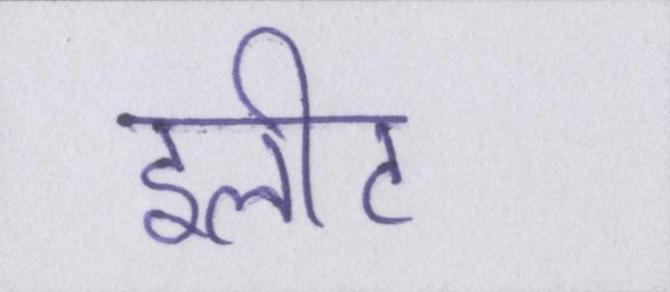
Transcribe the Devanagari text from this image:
इलीट